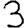
Digit: 3